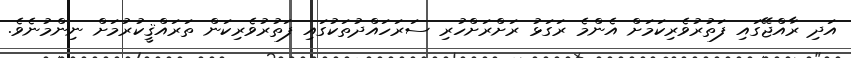
އަދި ރާއްޖޭގައި ފަތުރުވެރިކަމަށް އެންމެ ރަގަޅު ރަށްރަށްހުރި ސަރަހައްދުތަކުގައި ފަތުރުވެރިކަން ތަރައްޤީކުރުމަށް ނިންމުނެވެ.